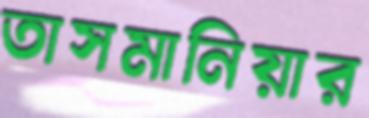
তাসমানিয়ার